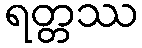
ရတ္တဿ